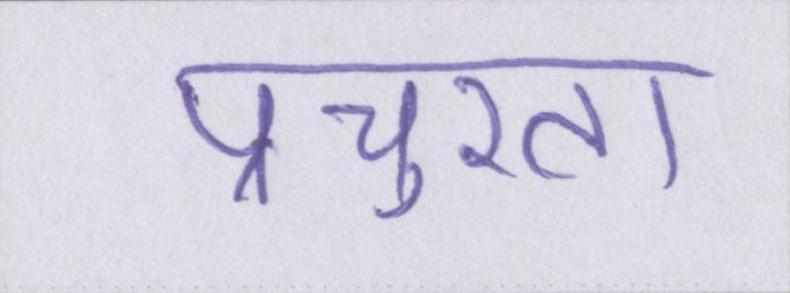
प्रचुरता